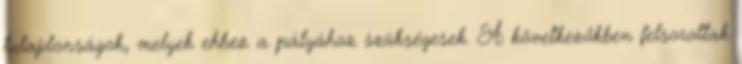
tulajdonságok, melyek ehhez a pályához szükségesek. A következőkben felsoroltak